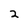
Character: 2